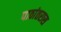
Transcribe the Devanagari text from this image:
पाठांतरास